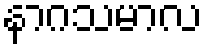
နာဂသမာလ